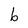
Character: b